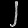
Digit: ၂